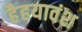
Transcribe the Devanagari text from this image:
हैहयावंश